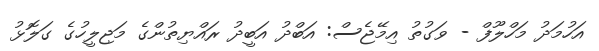
އަހުމަދު މަހްލޫފް - ވަގުތު އިމޭޖެސް: އަބްދު އަބީދު ރައްޔިތުންގެ މަޖިލީހުގެ ގަލޮޅު